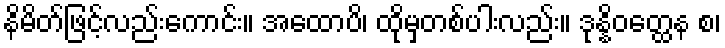
နိမိတ်ဖြင့်လည်းကောင်း။ အထောပိ၊ ထိုမှတစ်ပါးလည်း။ ဒုန္နိဝတ္ထေန စ၊